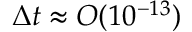
\Delta t \approx \uppercase { O } ( 1 0 ^ { - 1 3 } )